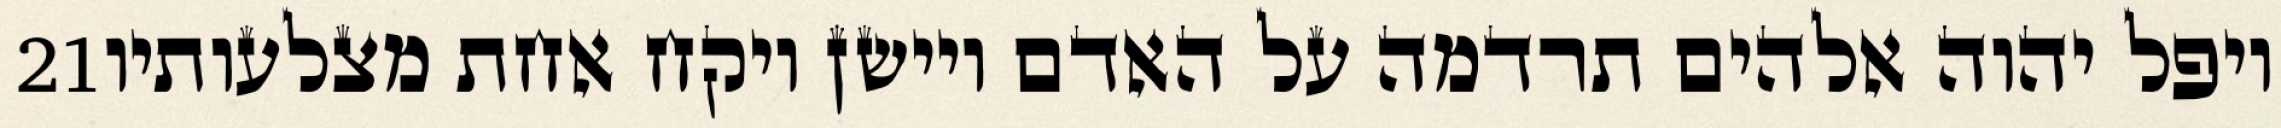
‎21‏ ויפל יהוה אלהים תרדמה על האדם ויישן ויקח אחת מצלעותיו